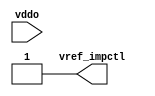
// ========== Copyright Header Begin ==========================================
// 
// OpenSPARC T1 Processor File: bw_io_dtl_vref.v
// Copyright (c) 2006 Sun Microsystems, Inc.  All Rights Reserved.
// DO NOT ALTER OR REMOVE COPYRIGHT NOTICES.
// 
// The above named program is free software; you can redistribute it and/or
// modify it under the terms of the GNU General Public
// License version 2 as published by the Free Software Foundation.
// 
// The above named program is distributed in the hope that it will be 
// useful, but WITHOUT ANY WARRANTY; without even the implied warranty of
// MERCHANTABILITY or FITNESS FOR A PARTICULAR PURPOSE.  See the GNU
// General Public License for more details.
// 
// You should have received a copy of the GNU General Public
// License along with this work; if not, write to the Free Software
// Foundation, Inc., 51 Franklin St, Fifth Floor, Boston, MA 02110-1301, USA.
// 
// ========== Copyright Header End ============================================
module bw_io_dtl_vref (/*AUTOARG*/
   // Inputs
   vref_impctl, vddo
   );

   /*AUTOOUTPUT*/
   // Beginning of automatic outputs (from unused autoinst outputs)
   output        vref_impctl;
   input         vddo;              // From cluster_header0 of cluster_header.v
assign vref_impctl = 1'b1;
endmodule